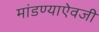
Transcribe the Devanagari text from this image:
मांडण्याऐवजी